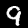
Label: 9